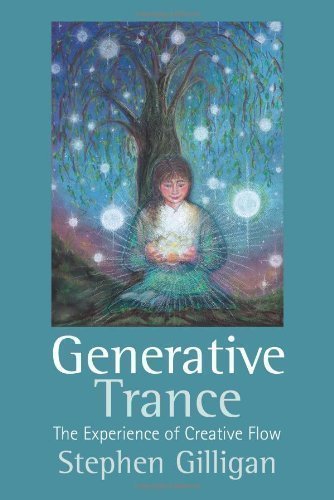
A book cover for Generative Trance: The Experience of Creative Flow by Stephen G. Gilligan 1st (first) Edition (2012); Health, Fitness & Dieting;